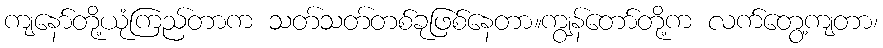
ကျနော်တို့ယုံကြည်တာက သတ်သတ်တစ်ခုဖြစ်နေတာ။ကျွန်တော်တို့က လက်တွေ့ကျတာ၊